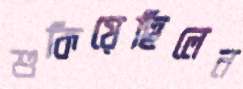
শুকিয়েছিলেন